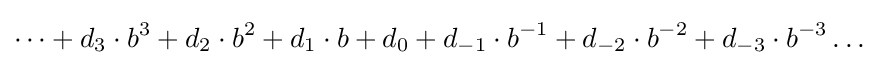
\dots +d_{3}\cdot b^{3}+d_{2}\cdot b^{2}+d_{1}\cdot b+d_{0}+d_{-1}\cdot b^{-1}+d_{-2}\cdot b^{-2}+d_{-3}\cdot b^{-3}\dots